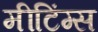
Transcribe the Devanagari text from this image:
मीटिंग्स